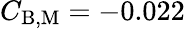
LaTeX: C_{\mathrm{B,M}}=-0.022